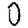
Digit: 0